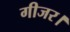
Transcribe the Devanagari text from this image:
गीजर।